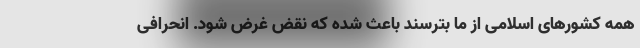
همه کشورهای اسلامی از ما بترسند باعث‌ شده که نقض غرض شود. انحرافی